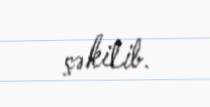
çəkilib.